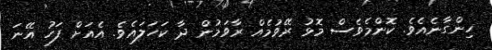
ހިންގާނެއެވެ. ކޮންމެވެސް މޮޅު ރޭވުމެއް ރާވަމުން ދާ ކަހަލައެވެ. އެއަށް ފަހު އޭނަ